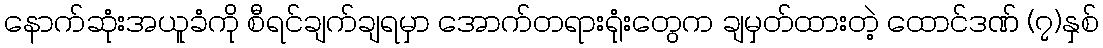
နောက်ဆုံးအယူခံကို စီရင်ချက်ချရမှာ အောက်တရားရုံးတွေက ချမှတ်ထားတဲ့ ထောင်ဒဏ် (၇)နှစ်